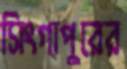
সিংগাপুরের